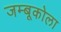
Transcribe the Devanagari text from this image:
जम्बूकोला